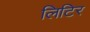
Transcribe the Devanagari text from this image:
लिटिर